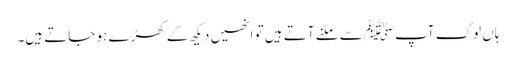
ہاں لوگ آپ ﷺسے ملنے آتے ہیں تو انھیں دیکھ کے کھڑے ہو جاتے ہیں۔